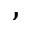
,